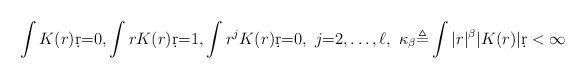
LaTeX: \begin{align*}\int K(r) \d r {=}0, \int r K(r) \d r {=}1, \int r^j K(r) \d r {=}0, \ j{=}2,\dots, \ell,~\kappa_\beta {\triangleq} \int |r|^{\beta} |K(r)| \d r<\infty\end{align*}